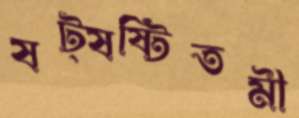
ষট্‌ষষ্টিতমী